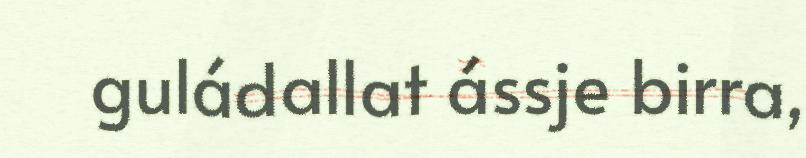
guládallat ássje birra,